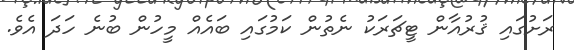
ރަށުގައި ޤުރުއާން ޓީޗަރަކު ނެތުން ކަމުގައި ބައެއް މީހުން ބުނެ ހަދަ އެވެ.